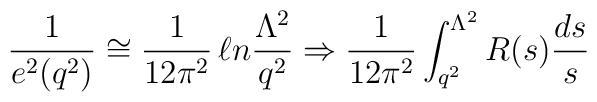
\frac{1}{e^2(q^2)} \cong \frac{1}{12\pi^2} \, \ell n\frac{\Lambda^2}{q^2} \Rightarrow \frac{1}{12\pi^2}\int^{\Lambda^2}_{q^2} R(s)\frac{ds}{s}